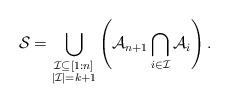
LaTeX: \begin{align*} \mathcal{S} = \bigcup_{\substack{\mathcal{I} \subseteq [1:n]\\ |\mathcal{I}|=k+1}} \left(\mathcal{A}_{n+1} \bigcap_{i \in \mathcal{I}} \mathcal{A}_i \right) .\end{align*}